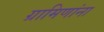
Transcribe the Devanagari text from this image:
ग्रामिणांना